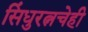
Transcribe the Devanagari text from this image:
सिंधुरत्नचेही